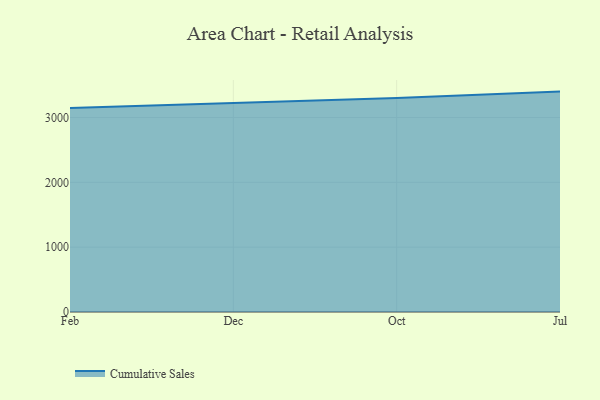
{"axis": {"x": "Month", "y": "Gross Profit (USD K)"}, "legend": ["Cumulative Sales"], "data": [{"x": "Feb", "y": 3147.0, "type": "Cumulative Sales"}, {"x": "Dec", "y": 3229.6, "type": "Cumulative Sales"}, {"x": "Oct", "y": 3302.5, "type": "Cumulative Sales"}, {"x": "Jul", "y": 3399.6, "type": "Cumulative Sales"}]}